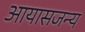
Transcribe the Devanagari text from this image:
आयासजन्य